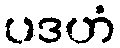
ပဒဟံ